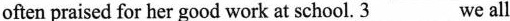
often praised for her good work at school. \underline{3}we all